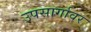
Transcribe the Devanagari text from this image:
उपसार्गावर